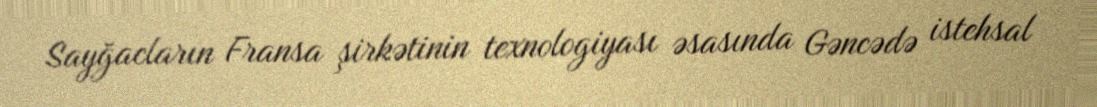
Sayğacların Fransa şirkətinin texnologiyası əsasında Gəncədə istehsal